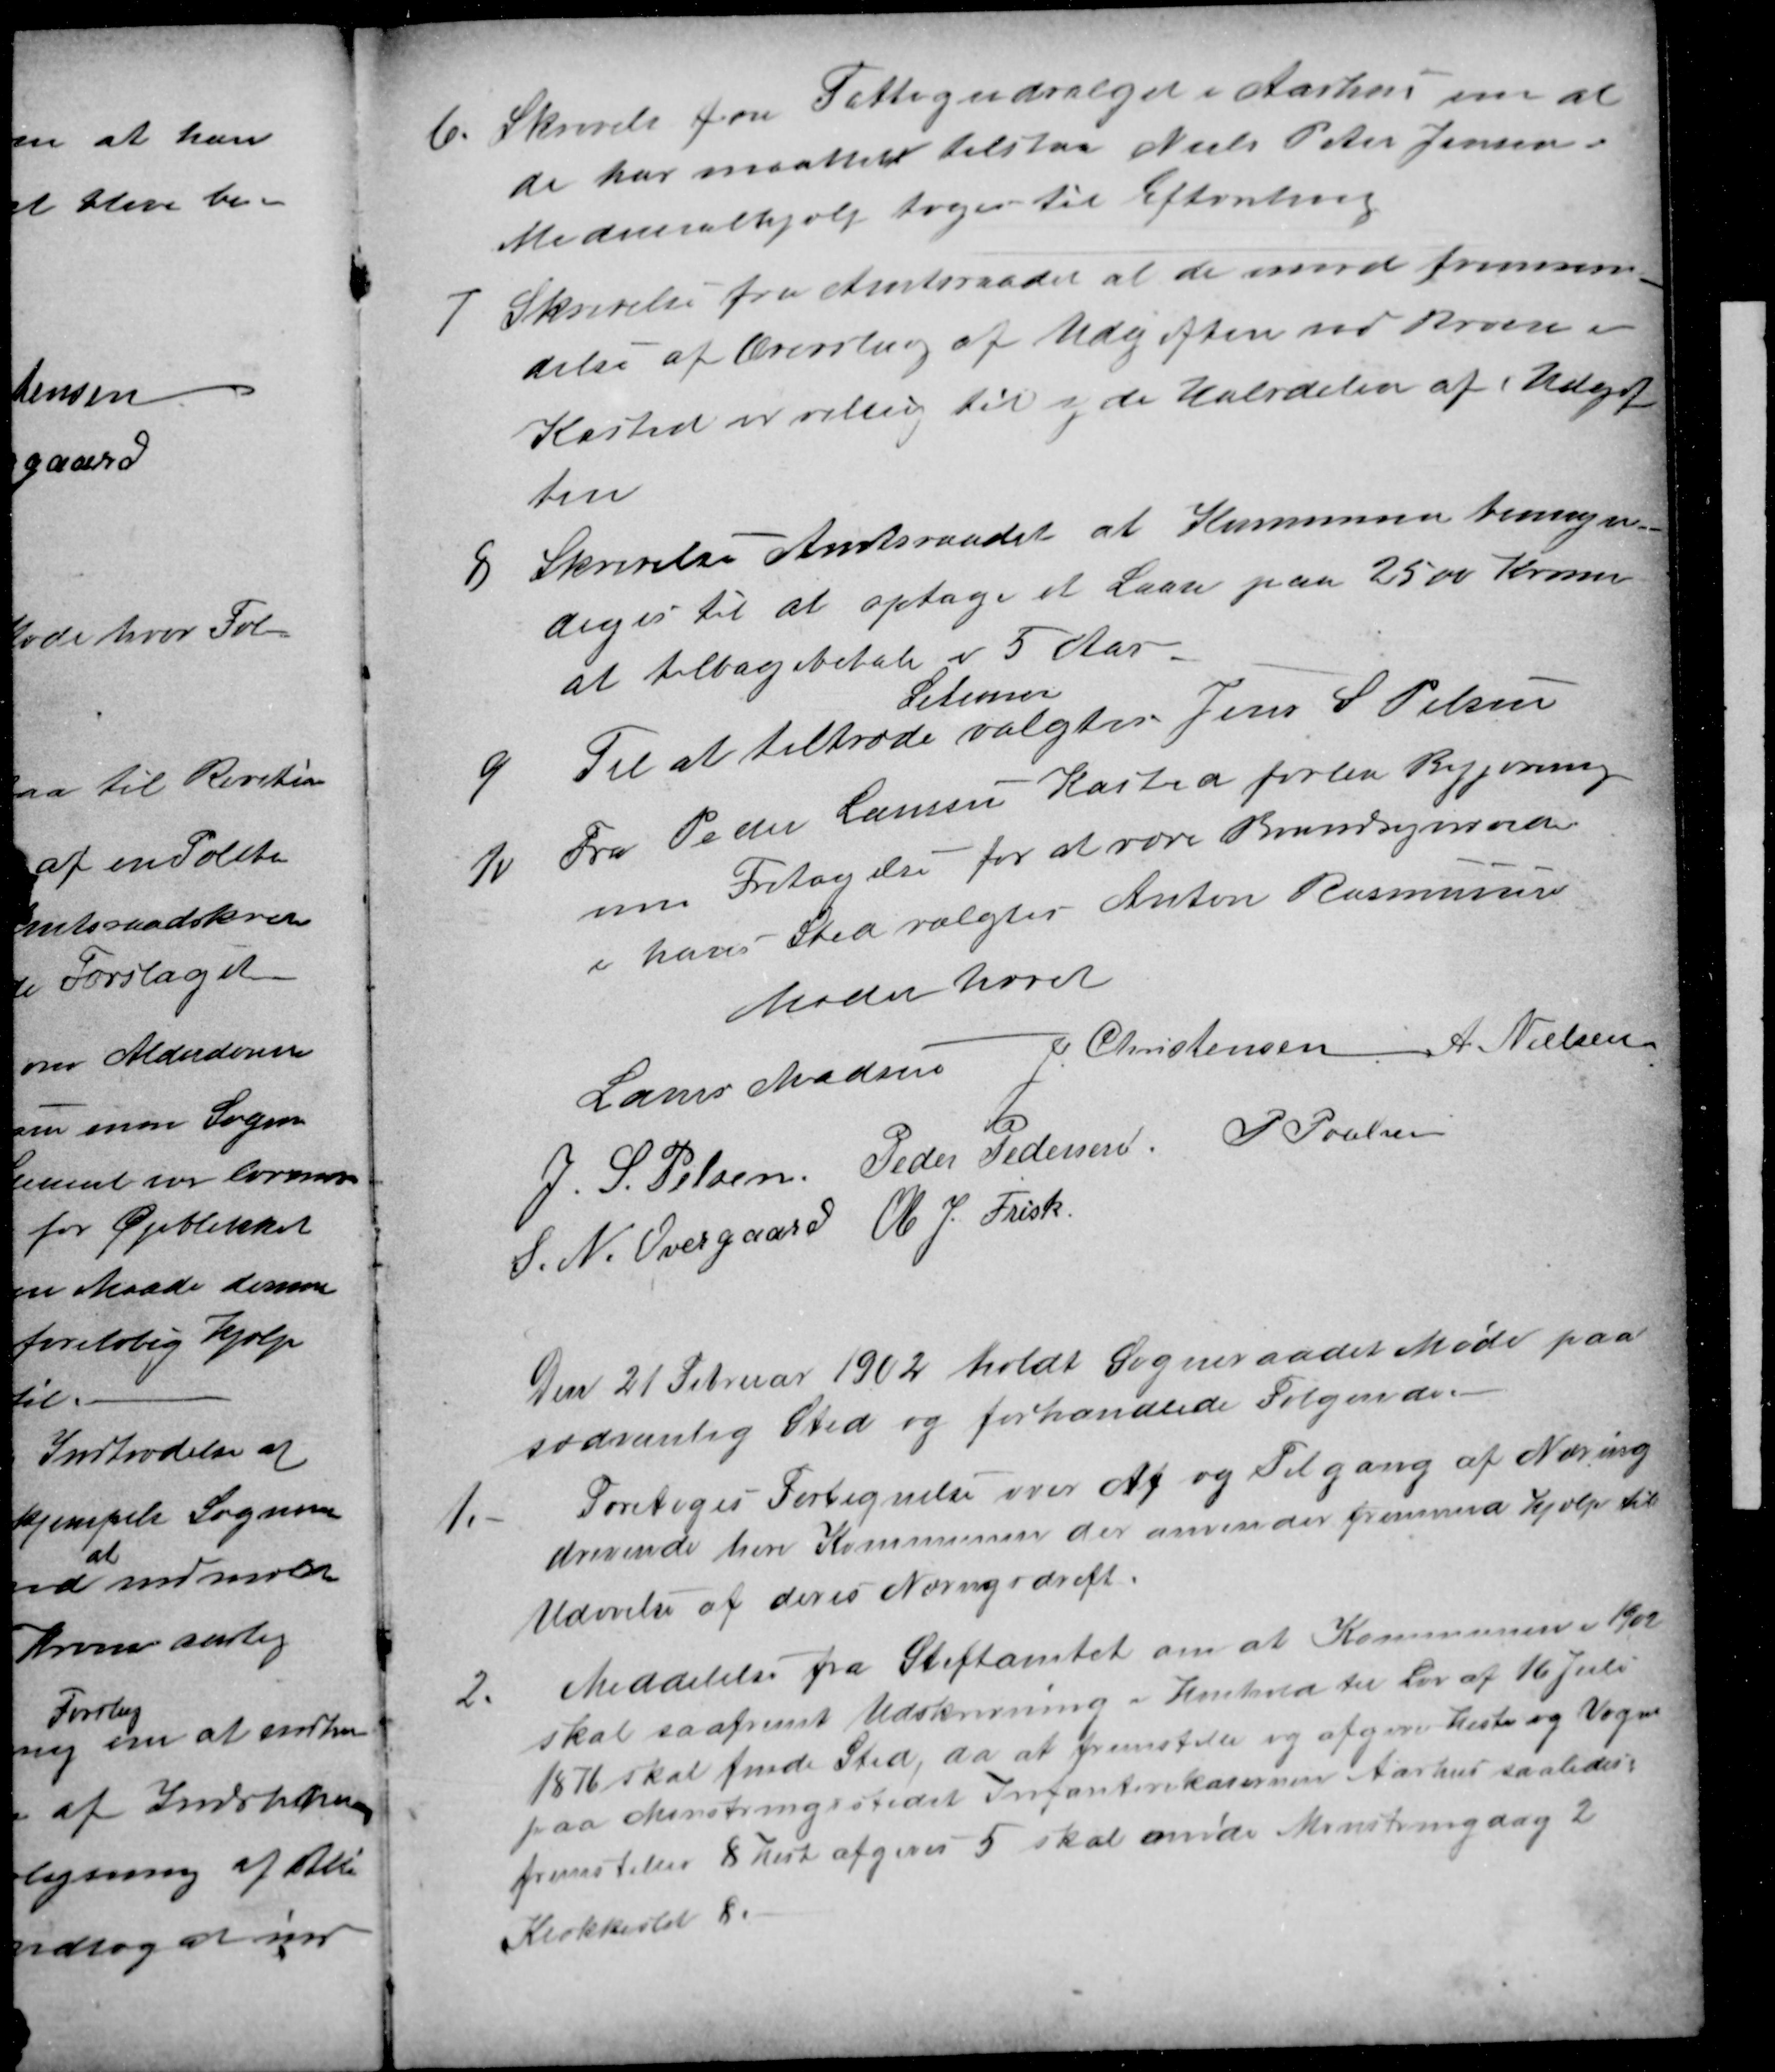
Transskription:
6.
Skrivelse fra Fattigudvalget i Aarhus om at
de har maattet tilstaa Niels Peter Jensen
Medicinalhjælp toges til Efterretning
7
Skrivelse fra Amtsraadet at de mod fremsen-
delse af Overslag af Udgiften ved Broen i
Kasted er villig til yde Halvdelen af Udgif
ten
8
Skrivelse Amtsraadet at Kommunen bemyn-
diges til at optage et Laan paa 2500 Kroner
at tilbagebetale i 5 Aar
9
Til at tiltræde
Setionen
valgtes Jens S Pelsen
10
Fra Peder Laursen Kasted forlaa Begjæring
om Fritagelse for at være Brandsynsvidne
i hans Sted valgtes Anton Rasmussen
Mødet hævet
Laurs Madsen J. Christensen A. Nielsen
J. S. Pelsen Peder Pedersen P. Poulsen
S. N. Overgaard Ole J. Frisk
Den 21 Februar 1902 holdt Sogneraadet Møde paa
sædvanlig Sted og forhandlede Følgende.
1.
Foretoges Fortegnelse over Af og Tilgang af Næring
drivende heri Kommunen der anvender fremmed Hjælp til
Udøvelse af deres Næringsdrift.
2.
Meddelelse fra Stiftamtet om at Kommunen i 1902
skal saafremt Udskrivning i Henhold til Lov af 16 Juli
1876 skal finde Sted, da at fremstille og afgive Heste og Vogne
paa Mønstringsstedet Infanterikasernen Aarhus saaledes
fremstilles 8 Heste afgives 5 skal møde Mønstringdag 2
Klokkeslæt 8.